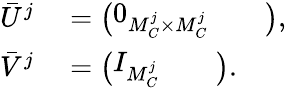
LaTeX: \begin{array}{rl}{\bar{U}^{j}}&{{}=\left(\begin{array}{lll}{0_{M_{C}^{j}\times M_{C}^{j}}}&{}&{}\end{array}\right),}\\ {\bar{V}^{j}}&{{}=\left(\begin{array}{lll}{I_{M_{C}^{j}}}&{}&{}\end{array}\right).}\end{array}